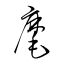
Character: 麾